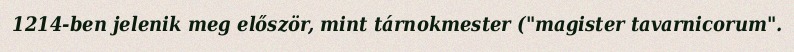
1214-ben jelenik meg először, mint tárnokmester ("magister tavarnicorum".